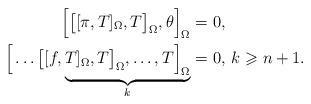
LaTeX: \begin{align*}\Big[\big[[\pi, T]_{\Omega}, T\big]_{\Omega}, \theta\Big]_{\Omega}=& \ 0,\\\Big[\ldots\big[[f, \underbrace{T]_{\Omega}, T\big]_{\Omega},\ldots, T\Big]_{\Omega}}_{k}=& \ 0,\,k\geqslant n+1.\end{align*}